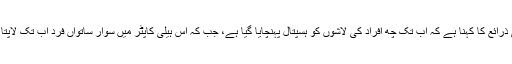
طبی ذرائع کا کہنا ہے کہ اب تک چھ افراد کی لاشوں کو ہسپتال پہنچایا گیا ہے، جب کہ اس ہیلی کاپٹر میں سوار ساتواں فرد اب تک لاپتا ہے۔